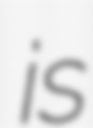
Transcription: is